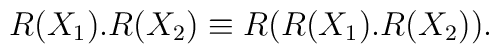
R(X_1).R(X_2) \equiv R (R(X_1).R(X_2)) .